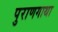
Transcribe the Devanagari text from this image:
पुराणगाथा